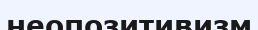
неопозитивизм